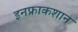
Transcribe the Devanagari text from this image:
इनफ्राकशान